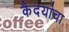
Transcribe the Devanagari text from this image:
कैदयांचा